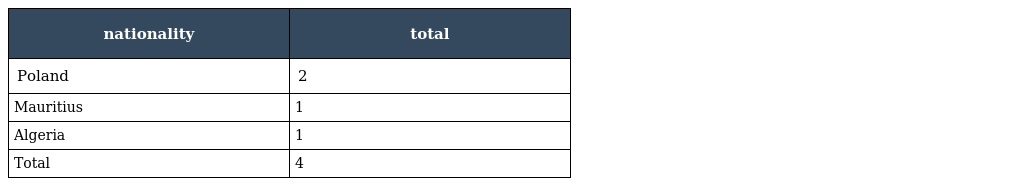
| nationality | total |
 | --- | --- |
 | Poland | 2 |
 | Mauritius | 1 |
 | Algeria | 1 |
 | Total | 4 |